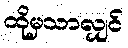
ထိုမှသာလျှင်